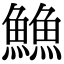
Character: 䲆